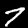
Label: 7